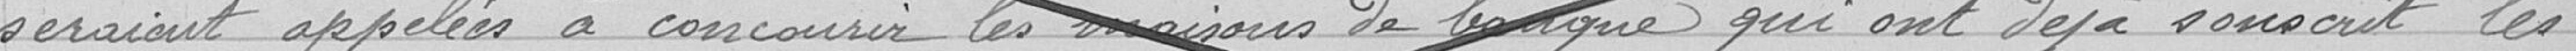
seraient appelés à concourir les maisons de banque qui ont déjà souscrit les